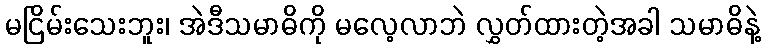
မငြိမ်းသေးဘူး၊ အဲဒီသမာဓိကို မလေ့လာဘဲ လွှတ်ထားတဲ့အခါ သမာဓိနဲ့